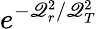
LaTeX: e^{-\mathscr{Q}_{r}^{2}/\mathscr{Q}_{T}^{2}}